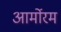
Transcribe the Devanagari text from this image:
आर्मोरम